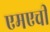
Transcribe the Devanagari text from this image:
एमएची